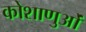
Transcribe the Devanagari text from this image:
कोशाणुओं